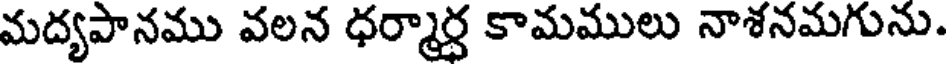
మద్యపానము వలన ధర్మార్ధ కామములు నాశనమగును.